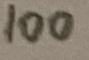
Text: 100